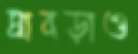
ঘাবড়াও